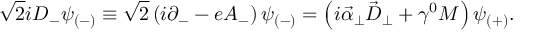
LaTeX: \sqrt { 2 } i D _ { - } \psi _ { ( - ) } \equiv \sqrt { 2 } \left( i \partial _ { - } - e A _ { - } \right) \psi _ { ( - ) } = \left( i { \vec { \alpha } } _ { \perp } { \vec { D } } _ { \perp } + \gamma ^ { 0 } M \right) \psi _ { ( + ) } .